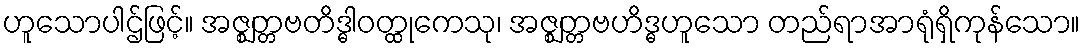
ဟူသောပါဌ်ဖြင့်။ အဇ္ဈတ္တဗတိဒ္ဓါဝတ္ထုကေသု၊ အဇ္ဈတ္တဗဟိဒ္ဓဟူသော တည်ရာအာရုံရှိကုန်သော။